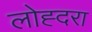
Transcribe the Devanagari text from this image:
लोह्दरा